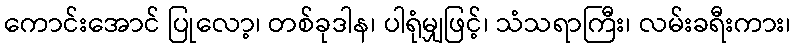
ကောင်းအောင် ပြုလော့၊ တစ်ခုဒါန၊ ပါရုံမျှဖြင့်၊ သံသရာကြီး၊ လမ်းခရီးကား၊